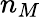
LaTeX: n_{M}